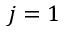
j = 1